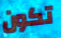
تكون